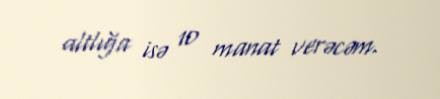
altlığa isə 10 manat verəcəm.